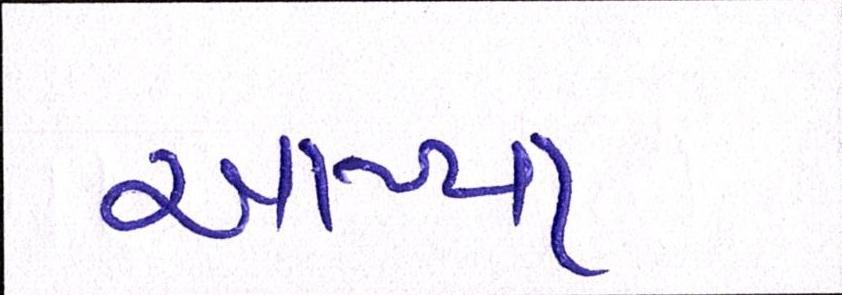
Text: આપ્યા